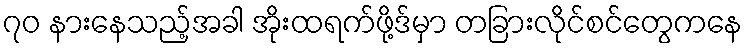
၇၀ နားနေသည့်အခါ အိုးထရက်ဖို့ဒ်မှာ တခြားလိုင်စင်တွေကနေ